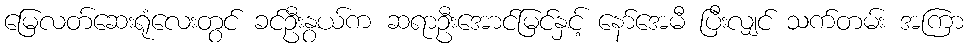
မြေလတ်ဆေးရုံလေးတွင် ခင်ဦးနွယ်က ဆရာဦးအောင်မြင်နှင့် နော်အေမီ ပြီးလျှင် သက်တမ်း အကြာ